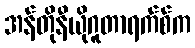
အန်တိုနီယိုဂူတာရက်စ်က